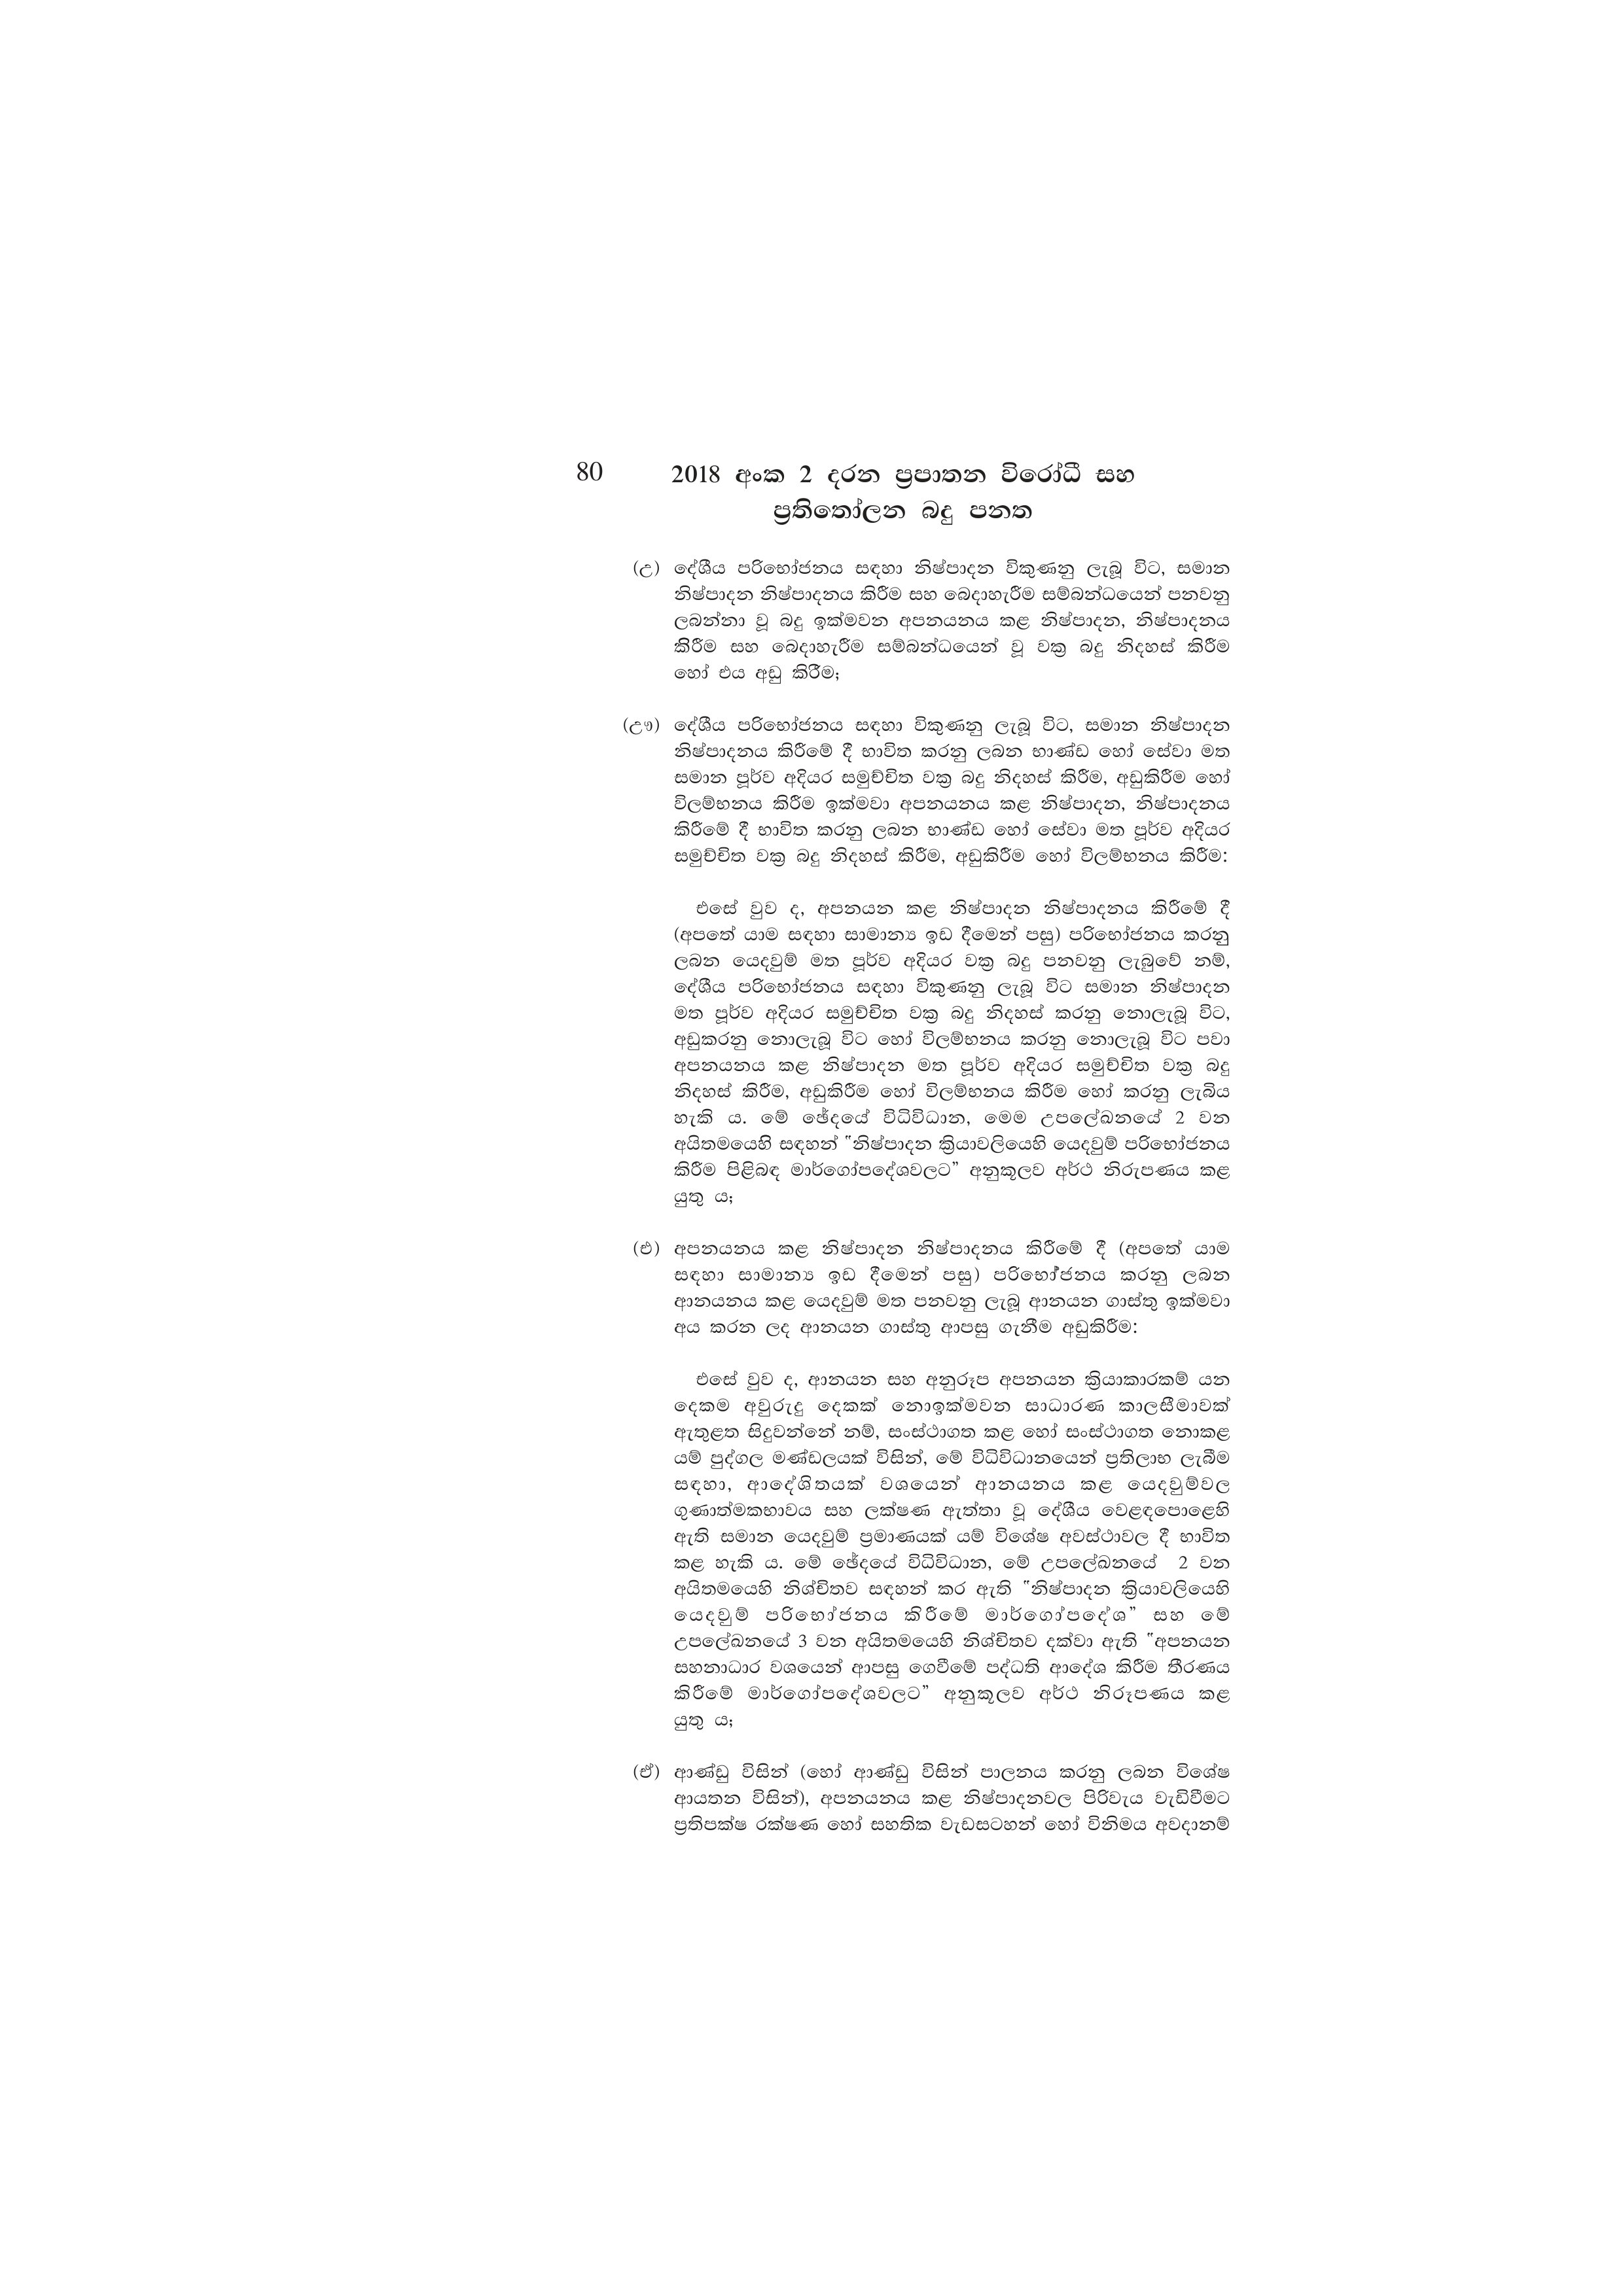
80 2018 අංක 2 දරන ප්‍රපාතන විරෝධී සහ
ප්‍රතිතෝලන බදු පනත

(උ) දේශීය පරිභෝජනය සඳහා නිෂ්පාදන විකුණනු ලැබූ විට, සමාන
නිෂ්පාදන නිෂ්පාදනය කිරීම සහ බෙදාහැරීම සම්බන්ධයෙන් පනවනු
ලබන්නා වූ බදු ඉක්මවන අපනයනය කළ නිෂ්පාදන, නිෂ්පාදනය
කිරීම සහ බෙදාහැරීම සම්බන්ධයෙන් වූ වක්‍ර බදු නිදහස් කිරීම
හෝ එය අඩු කිරීම;

(ඌ) දේශීය පරිභෝජනය සඳහා විකුණනු ලැබූ විට, සමාන නිෂ්පාදන
නිෂ්පාදනය කිරීමේ දී භාවිත කරනු ලබන භාණ්ඩ හෝ සේවා මත
සමාන පූර්ව අදියර සමුච්චිත වක්‍ර බදු නිදහස් කිරීම, අඩුකිරීම හෝ
විලම්භනය කිරීම ඉක්මවා අපනයනය කළ නිෂ්පාදන, නිෂ්පාදනය
කිරීමේ දී භාවිත කරනු ලබන භාණ්ඩ හෝ සේවා මත පූර්ව අදියර
සමුච්චිත වක්‍ර බදු නිදහස් කිරීම, අඩුකිරීම හෝ විලම්භනය කිරීම:

එසේ වුව ද, අපනයන කළ නිෂ්පාදන නිෂ්පාදනය කිරීමේ දී
(අපතේ යාම සඳහා සාමාන්‍ය ඉඩ දීමෙන් පසු) පරිභෝජනය කරනු
ලබන යෙදවුම් මත පූර්ව අදියර වක්‍ර බදු පනවනු ලැබුවේ නම්,
දේශීය පරිභෝජනය සඳහා විකුණනු ලැබූ විට සමාන නිෂ්පාදන
මත පූර්ව අදියර සමුච්චිත වක්‍ර බදු නිදහස් කරනු නොලැබූ විට,
අඩුකරනු නොලැබූ විට හෝ විලම්භනය කරනු නොලැබූ විට පවා
අපනයනය කළ නිෂ්පාදන මත පූර්ව අදියර සමුච්චිත වක්‍ර බදු
නිදහස් කිරීම, අඩුකිරීම හෝ විලම්භනය කිරීම හෝ කරනු ලැබිය
හැකි ය. මේ ඡේදයේ විධිවිධාන, මෙම උපලේඛනයේ 2 වන
අයිතමයෙහි සඳහන් "නිෂ්පාදන ක්‍රියාවලියෙහි යෙදවුම් පරිභෝජනය
කිරීම පිළිබඳ මාර්ගෝපදේශවලට” අනුකූලව අර්ථ නිරුපණය කළ
යුතු ය;

(එ) අපනයනය කළ නිෂ්පාදන නිෂ්පාදනය කිරීමේ දී (අපතේ යාම
සඳහා සාමාන්‍ය ඉඩ දීමෙන් පසු) පරිභෝජනය කරනු ලබන
ආනයනය කළ යෙදවුම් මත පනවනු ලැබූ ආනයන ගාස්තු ඉක්මවා
අය කරන ලද ආනයන ගාස්තු ආපසු ගැනීම අඩුකිරීම:

එසේ වුව ද, ආනයන සහ අනුරූප අපනයන ක්‍රියාකාරකම් යන
දෙකම අවුරුදු දෙකක් නොඉක්මවන සාධාරණ කාලසීමාවක්
ඇතුළත සිදුවන්නේ නම්, සංස්ථාගත කළ හෝ සංස්ථාගත නොකළ
යම් පුද්ගල මණ්ඩලයක් විසින්, මේ විධිවිධානයෙන් ප්‍රතිලාභ ලැබීම
සඳහා, ආදේශිතයක් වශයෙන් ආනයනය කළ යෙදවුම්වල
ගුණාත්මකභාවය සහ ලක්ෂණ ඇත්තා වූ දේශීය වෙළඳපොළෙහි
ඇති සමාන යෙදවුම් ප්‍රමාණයක් යම් විශේෂ අවස්ථාවල දී භාවිත
කළ හැකි ය. මේ ඡේදයේ විධිවිධාන, මේ උපලේඛනයේ 2 වන
අයිතමයෙහි නිශ්චිතව සඳහන් කර ඇති "නිෂ්පාදන ක්‍රියාවලියෙහි
යෙදවුම් පරිභෝජනය කිරීමේ මාර්ගෝපදේශ” සහ මේ
උපලේඛනයේ 3 වන අයිතමයෙහි නිශ්චිතව දක්වා ඇති "අපනයන
සහනාධාර වශයෙන් ආපසු ගෙවීමේ පද්ධති ආදේශ කිරීම තීරණය
කිරීමේ මාර්ගෝපදේශවලට” අනුකූලව අර්ථ නිරූපණය කළ
යුතු ය;

(ඒ) ආණ්ඩු විසින් (හෝ ආණ්ඩු විසින් පාලනය කරනු ලබන විශේෂ
ආයතන විසින්), අපනයනය කළ නිෂ්පාදනවල පිරිවැය වැඩිවීමට
ප්‍රතිපක්ෂ රක්ෂණ හෝ සහතික වැඩසටහන් හෝ විනිමය අවදානම්